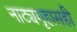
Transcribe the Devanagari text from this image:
नाट्यगृहासही